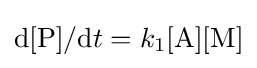
\mathrm {d} [{\ce {P}}]/\mathrm {d} t=k_{1}[{\ce {A}}][{\ce {M}}]